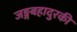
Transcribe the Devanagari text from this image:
जङ्गबहादुरकी